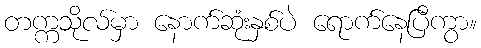
တက္ကသိုလ်မှာ နောက်ဆုံးနှစ်ပဲ ရောက်နေပြီကွာ။